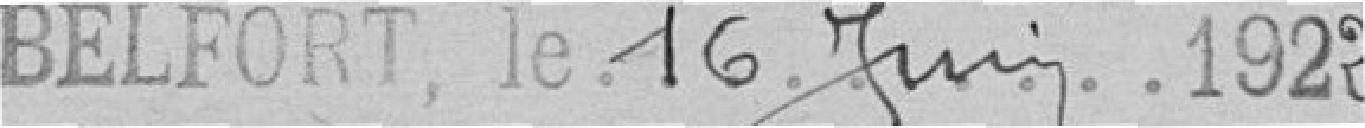
Belfort, le 16 juin 1922